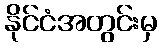
နိုင်ငံအတွင်းမှ